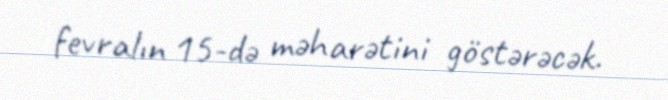
fevralın 15-də məharətini göstərəcək.